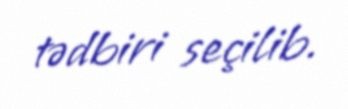
tədbiri seçilib.